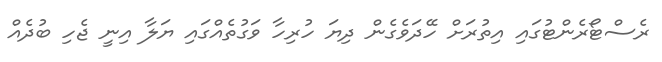
ރެސްޓޯރެންޓުގައި އިތުރަށް ހޭދަވެގެން ދިޔަ ހުރިހާ ވަގުތެއްގައި ޔަލާ އިނީ ޖެހި ބުދެއް